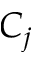
C _ { j }